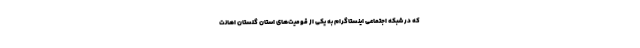
که در شبکه اجتماعی اینستاگرام به یکی از قومیت‌های استان گلستان اهانت